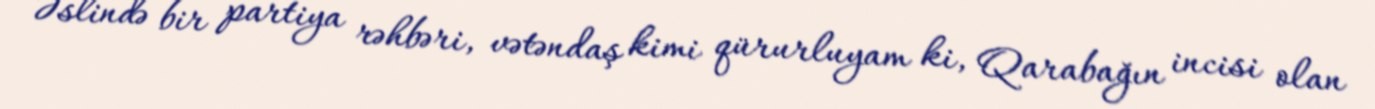
Əslində bir partiya rəhbəri, vətəndaş kimi qürurluyam ki, Qarabağın incisi olan